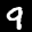
Label: 9